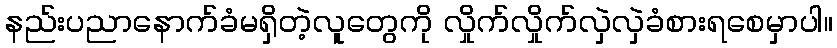
နည်းပညာနောက်ခံမရှိတဲ့လူတွေကို လှိုက်လှိုက်လှဲလှဲခံစားရစေမှာပါ။